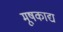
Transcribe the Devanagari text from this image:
मूषकाद्य